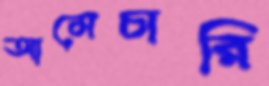
আমেচারি